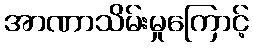
အာဏာသိမ်းမှုကြောင့်